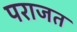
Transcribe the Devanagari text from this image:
पराजत